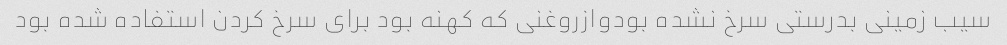
سیب زمینی بدرستی سرخ نشده بودوازروغنی که کهنه بود برای سرخ کردن استفاده شده بود